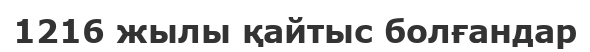
1216 жылы қайтыс болғандар